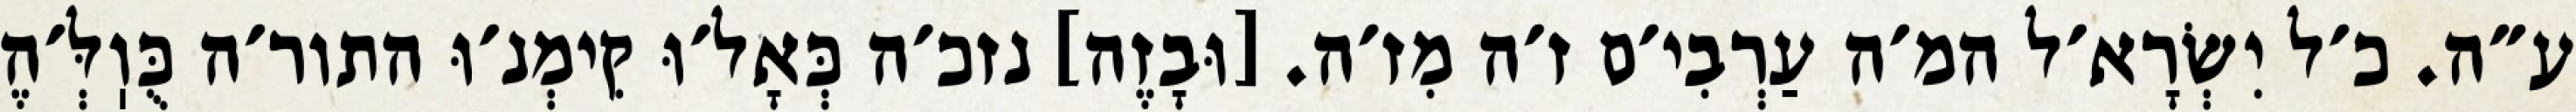
ע״ה. כ׳ל יִשְׂרָא׳ל המ׳ה עַרְבִי׳ם ז׳ה מִז׳ה. [וּבָזֶה] נזכ׳ה כְּאָל׳וּ קִימְנ׳וּ התור׳ה כֻּוֽלְּ׳הֶ